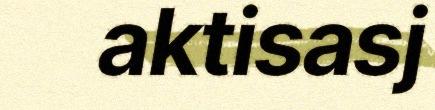
aktisasj